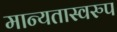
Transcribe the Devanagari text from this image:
मान्यतास्वरुप